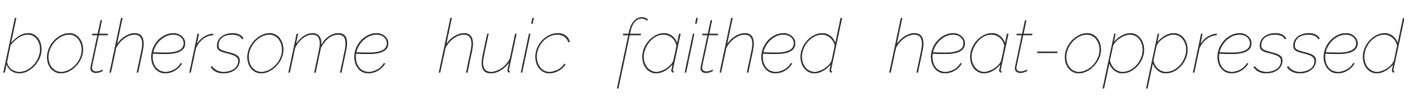
bothersome huic faithed heat-oppressed